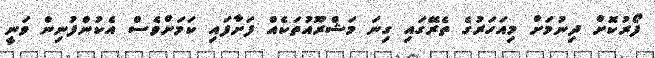
ފޯރުކޮށް ދިނުމަށް މިއަހަރުގެ ތެރޭގައި ގިނަ މަޝްރޫއުތަކެއް ފަށާފައި ކަމަށްވެސް އެކުންފުނިން ވަނީ